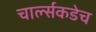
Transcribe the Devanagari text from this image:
चार्ल्सकडेच